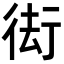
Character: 𭛰